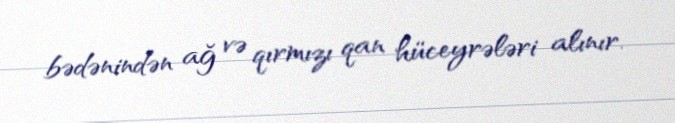
bədənindən ağ və qırmızı qan hüceyrələri alınır.